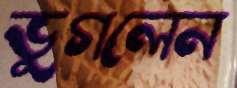
ভুগলেন